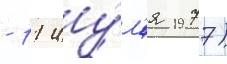
- 11 иу́л'я 1977)